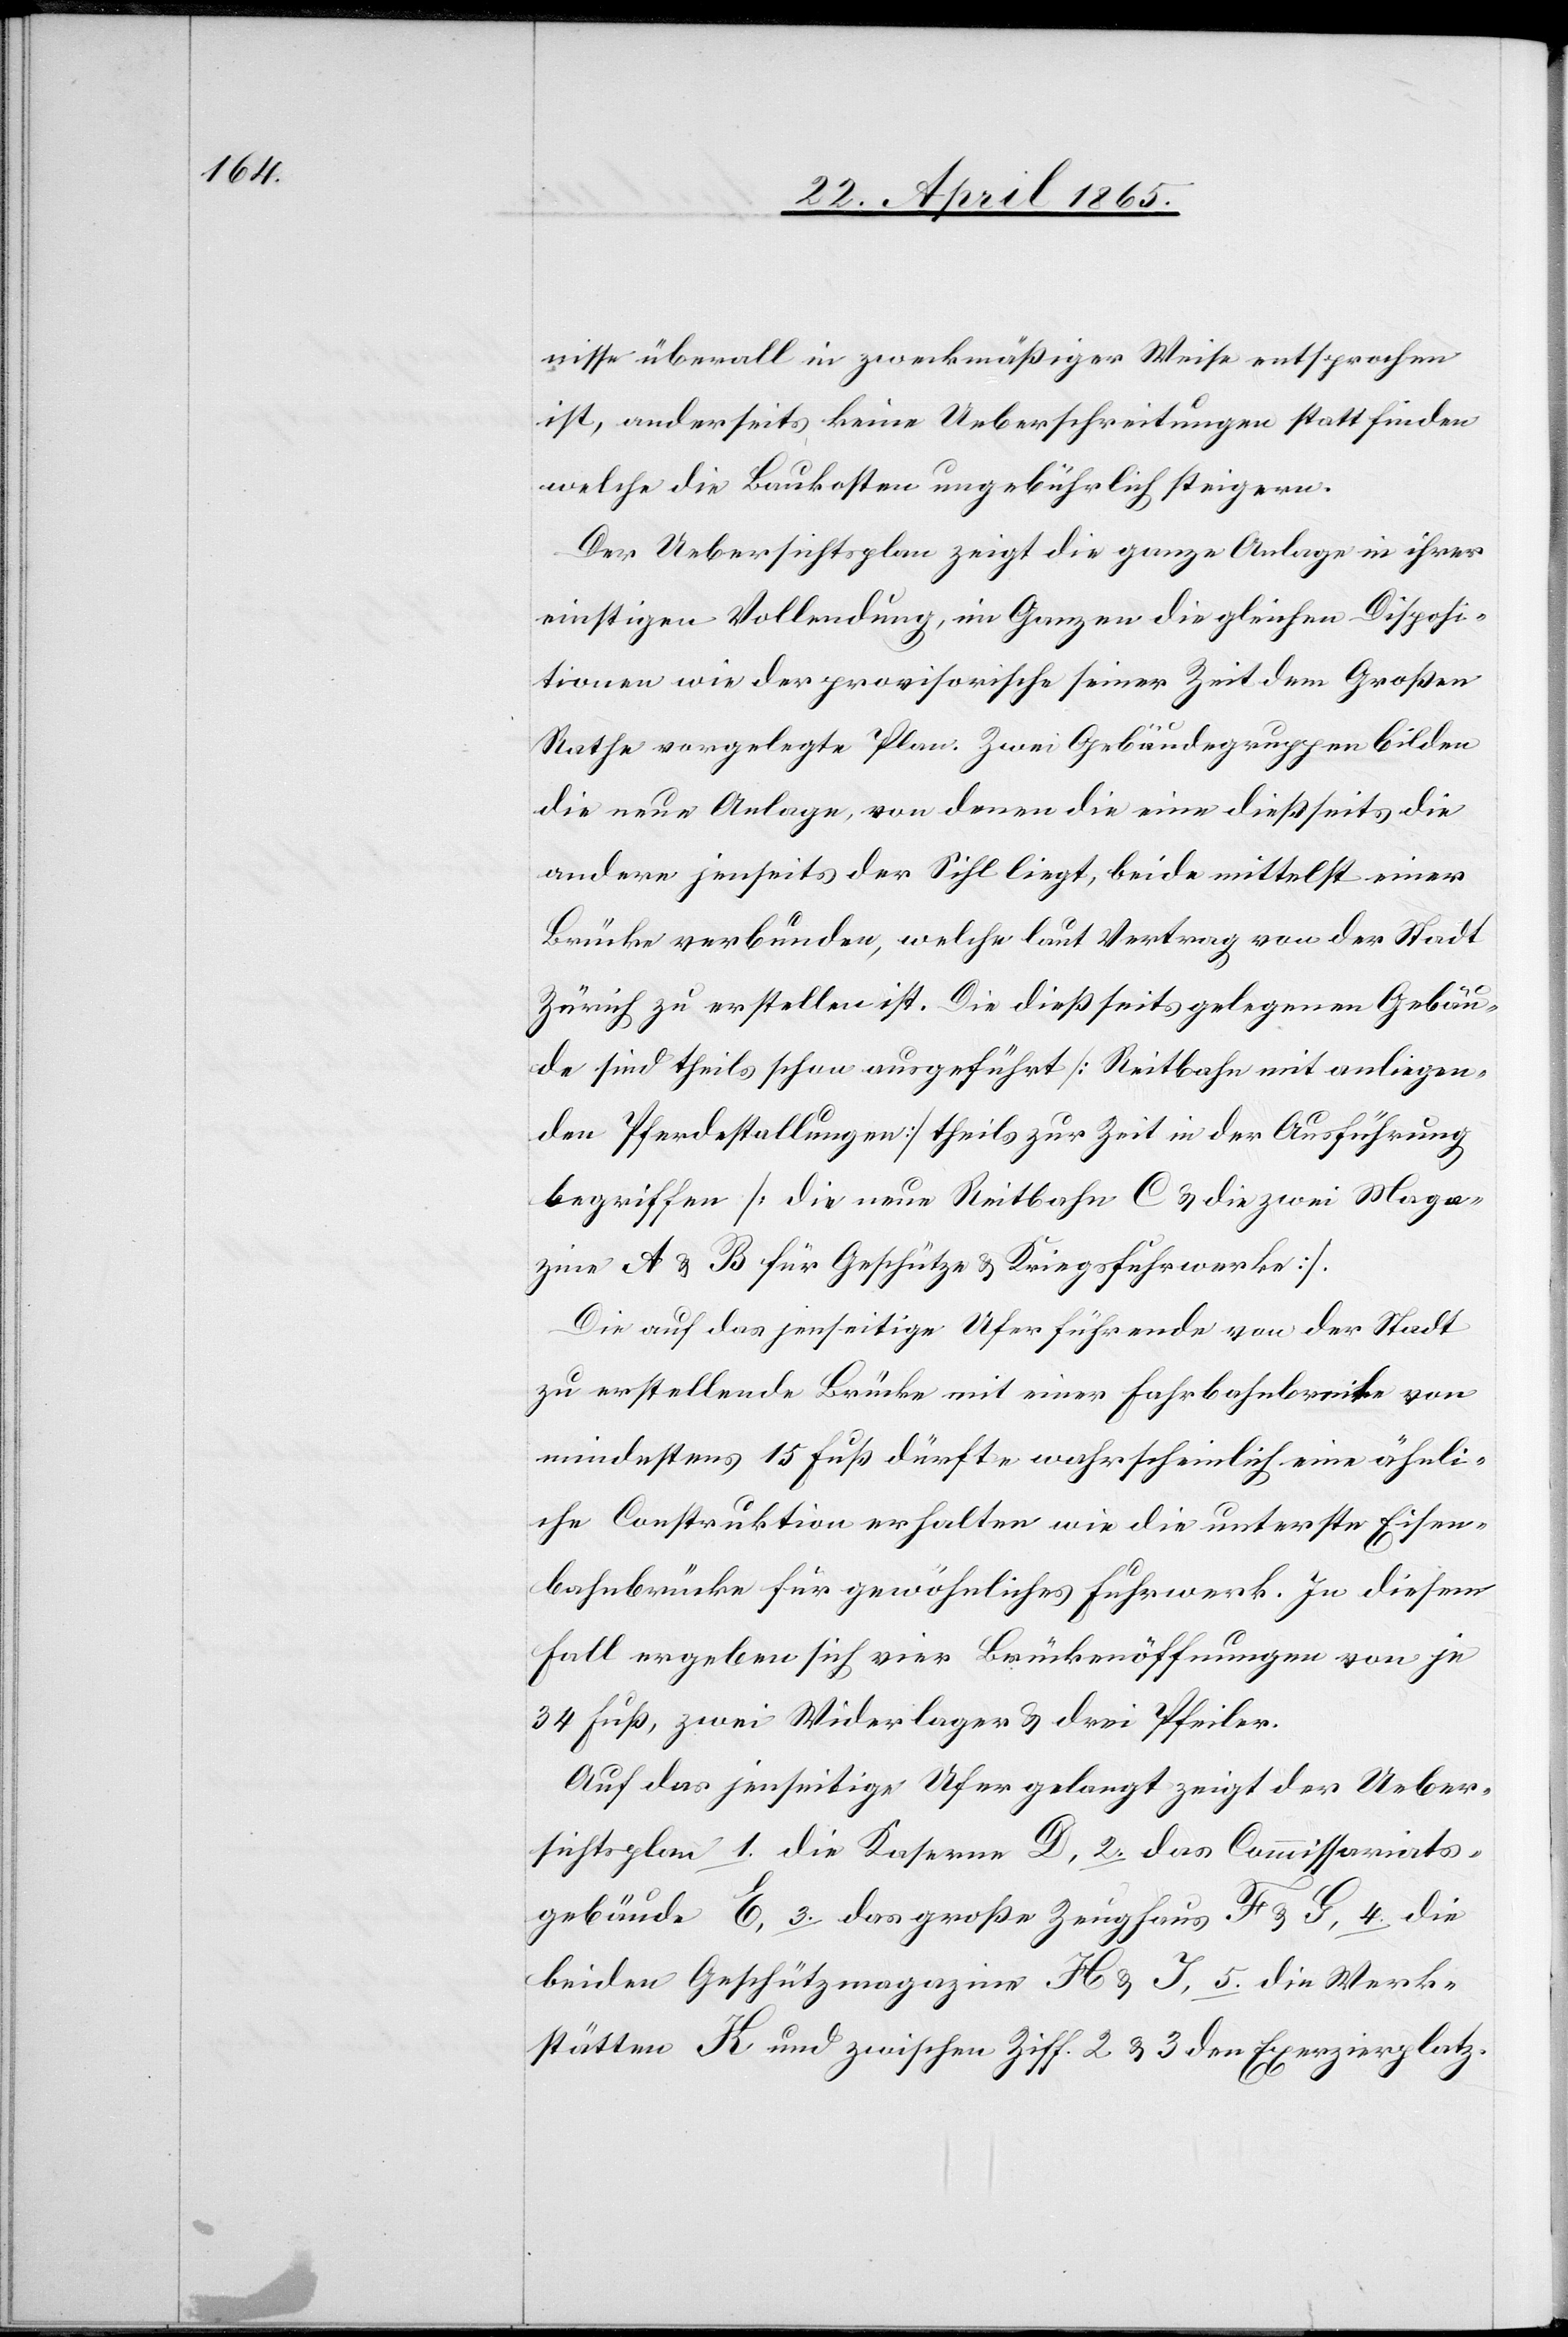
nisse überall in zweckmäßiger Weise entsprochen
ist, anderseits keine Ueberschreitungen stattfinden
welche die Baukosten ungebührlich steigern.
Der Uebersichtsplan zeigt die ganze Anlage in ihrer
einstigen Vollendung, im Ganzen die gleichen Disposi¬
tionen wie der provisorische seiner Zeit dem Großen
Rathe vorgelegte Plan. Zwei Gebäudegruppen bilden
die neue Anlage, von denen die eine dießseits die
andere jenseits der Sihl liegt, beide mittelst einer
Brücke verbunden, welche laut Vertrag von der Stadt
Zürich zu erstellen ist. Die dießseits gelegenen Gebäu¬
de sind theils schon ausgeführt [Reitbahn mit anliegen¬
den Pferdestallungen] theils zur Zeit in der Ausführung
begriffen [die neue Reitbahn C & die zwei Maga¬
zine A & B für Geschütze & Kriegsfuhrwerke].
Die auf das jenseitige Ufer führende von der Stadt
zu erstellende Brücke mit einer Fahrbahnbreite von
mindestens 15 Fuß dürfte wahrscheinlich eine ähnli¬
che Construktion erhalten wie die unterste Eisen¬
bahnbrücke für gewöhnliches Fuhrwerk. In diesem
Fall ergeben sich vier Brückenöffnungen von je
34 Fuß, zwei Widerlager & drei Pfeiler.
Auf das jenseitige Ufer gelangt zeigt der Ueber¬
sichtsplan 1. die Kaserne D, 2. das Commissariats¬
gebäude E, 3. das große Zeughaus F & G, 4. die
beiden Geschützmagazine H & J, 5. die Werk¬
stätten K und zwischen Ziff. 2 & 3 den Exerzierplatz.